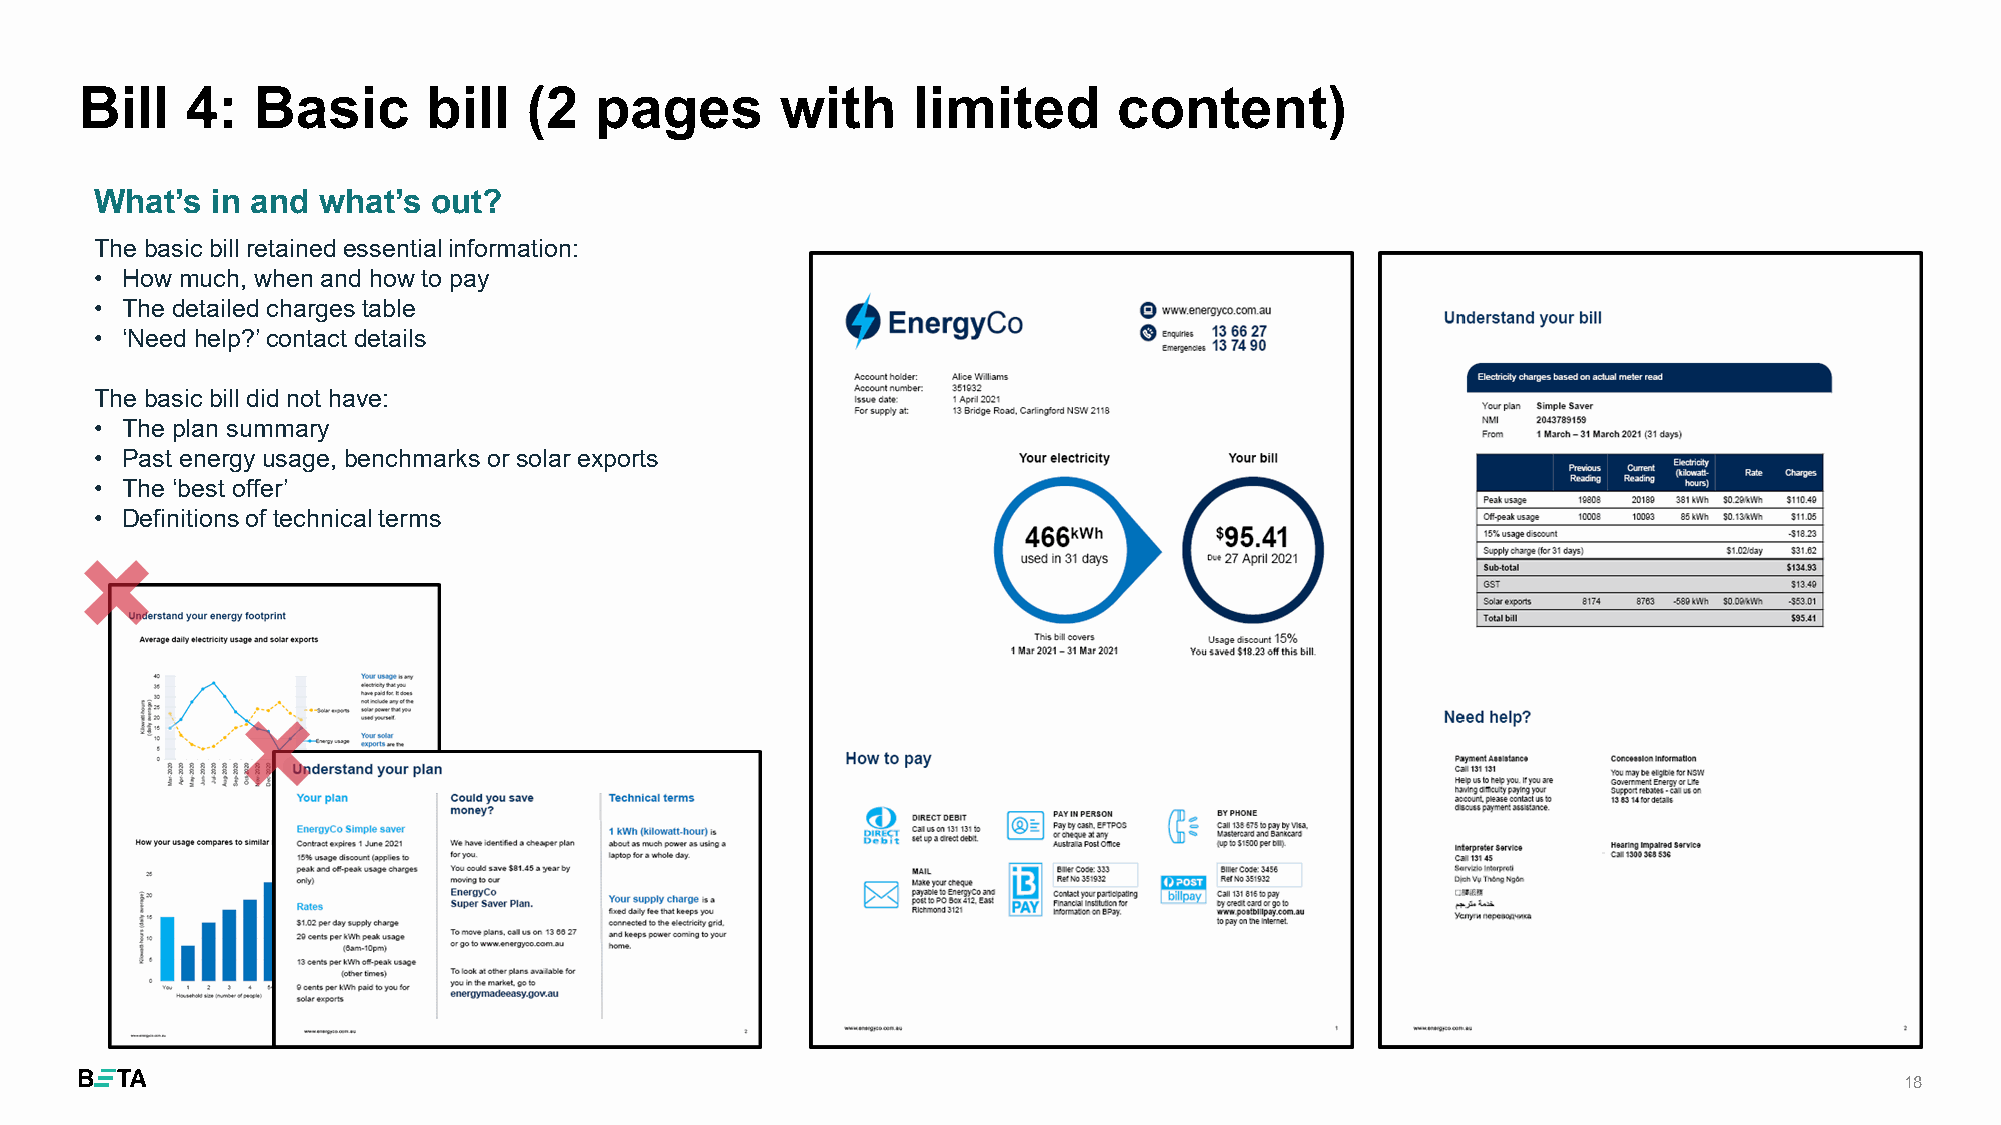
Bill   4:   Basic      bill   (2  pages        with    limited       content)
 What’s  in and what’s  out?
 The basic bill retained essentialinformation:
 • How much, when and how to pay
 • The detailedcharges table
 • ‘Need help?’contact details
 The basic bill did not have:
 • The plan summary
 • Past energy usage, benchmarksor solar exports
 • The ‘best offer’
 • Definitionsof technicalterms
 18